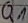
Text: Q1